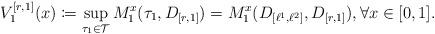
LaTeX: \begin{align*}V_{1}^{[r,1]}(x) \coloneqq \sup\limits_{\tau_{1} \in \mathcal{T}}M^{x}_{1}(\tau_{1},D_{[r,1]}) = M^{x}_{1}(D_{[\ell^{1},\ell^{2}]},D_{[r,1]}),\forall x \in [0,1].\end{align*}